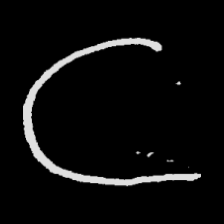
Pyu character \u2014 Myanmar letter: ဋ (romanized: tta)